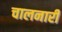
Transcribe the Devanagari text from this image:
चालनारी